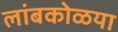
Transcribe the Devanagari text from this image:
लांबकोळया